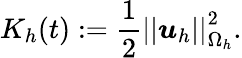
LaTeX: K_{h}(t):=\frac{1}{2}\left|\left|\boldsymbol{u}_{h}\right|\right|_{\Omega_{h}}^{2}.